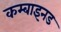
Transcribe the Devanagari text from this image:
कम्बाइनड